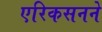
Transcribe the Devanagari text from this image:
एरिकसनने